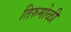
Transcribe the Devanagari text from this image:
तिरुमोळी